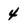
Character: 4